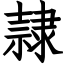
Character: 隷